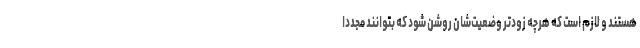
هستند و لازم است که هرچه زودتر وضعیت‌شان روشن شود که بتوانند مجددا